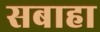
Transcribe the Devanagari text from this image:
सबाहा